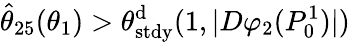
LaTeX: \hat{\theta}_{25}(\theta_{1})>\theta_{\mathrm{stdy}}^{\mathrm{d}}(1,|D\varphi_{2}(P_{0}^{1})|)